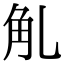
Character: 𧢳